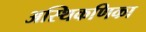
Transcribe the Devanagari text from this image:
अस्थिकणिका